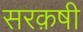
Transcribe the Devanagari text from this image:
सरक़षी